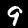
Digit: 9